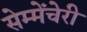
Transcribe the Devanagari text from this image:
सेम्मेंचेरी